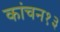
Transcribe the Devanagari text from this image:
कांचन१३